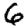
Digit: 6